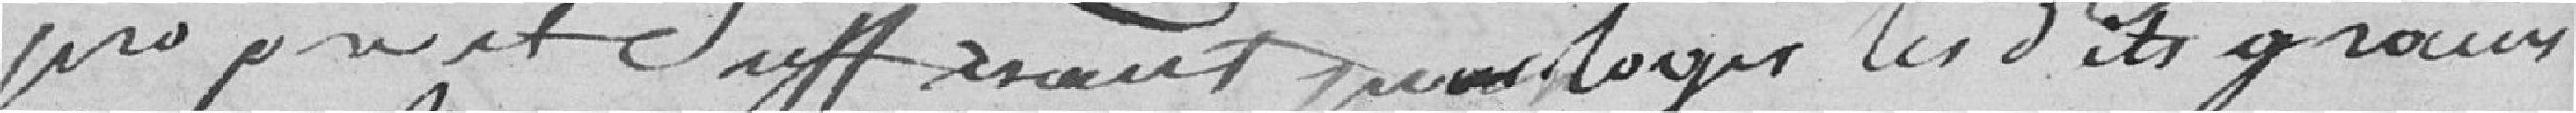
propre et suffisant pour loger les dits grains